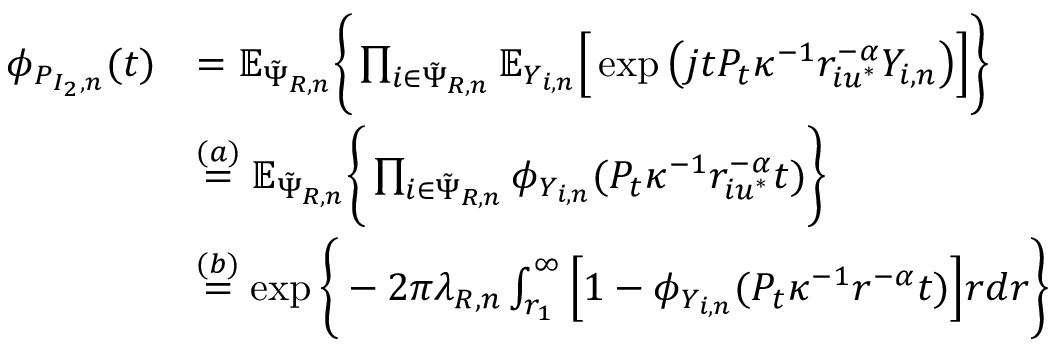
\begin{array} { r l } { \phi _ { P _ { I _ { 2 } , n } } ( t ) } & { = \mathbb { E } _ { \Tilde { \Psi } _ { R , n } } \Bigg \{ \prod _ { i \in \Tilde { \Psi } _ { R , n } } \mathbb { E } _ { Y _ { i , n } } \Big [ \exp \big ( j t P _ { t } \kappa ^ { - 1 } r _ { i u ^ { * } } ^ { - \alpha } Y _ { i , n } \big ) \Big ] \Bigg \} } \\ { \ } & { \stackrel { ( a ) } { = } \mathbb { E } _ { \Tilde { \Psi } _ { R , n } } \Bigg \{ \prod _ { i \in \Tilde { \Psi } _ { R , n } } \phi _ { Y _ { i , n } } ( P _ { t } \kappa ^ { - 1 } r _ { i u ^ { * } } ^ { - \alpha } t ) \Bigg \} } \\ { \ } & { \stackrel { ( b ) } { = } \exp \Bigg \{ - 2 \pi \lambda _ { R , n } \int _ { r _ { 1 } } ^ { \infty } \Big [ 1 - \phi _ { Y _ { i , n } } ( P _ { t } \kappa ^ { - 1 } r ^ { - \alpha } t ) \Big ] r d r \Bigg \} } \end{array}